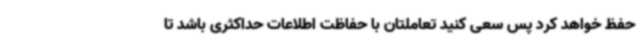
حفظ خواهد کرد پس سعی کنید تعاملتان با حفاظت اطلاعات حداکثری باشد تا